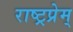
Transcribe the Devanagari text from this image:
राष्ट्रप्रेम्